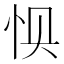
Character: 𰑌